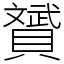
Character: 贇